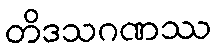
တိဒသဂဏဿ